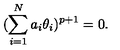
( \sum _ { i = 1 } ^ { N } a _ { i } \theta _ { i } ) ^ { p + 1 } = 0 .